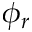
\phi _ { r }